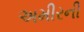
અમીરની